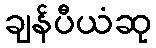
ချန်ပီယံဆု